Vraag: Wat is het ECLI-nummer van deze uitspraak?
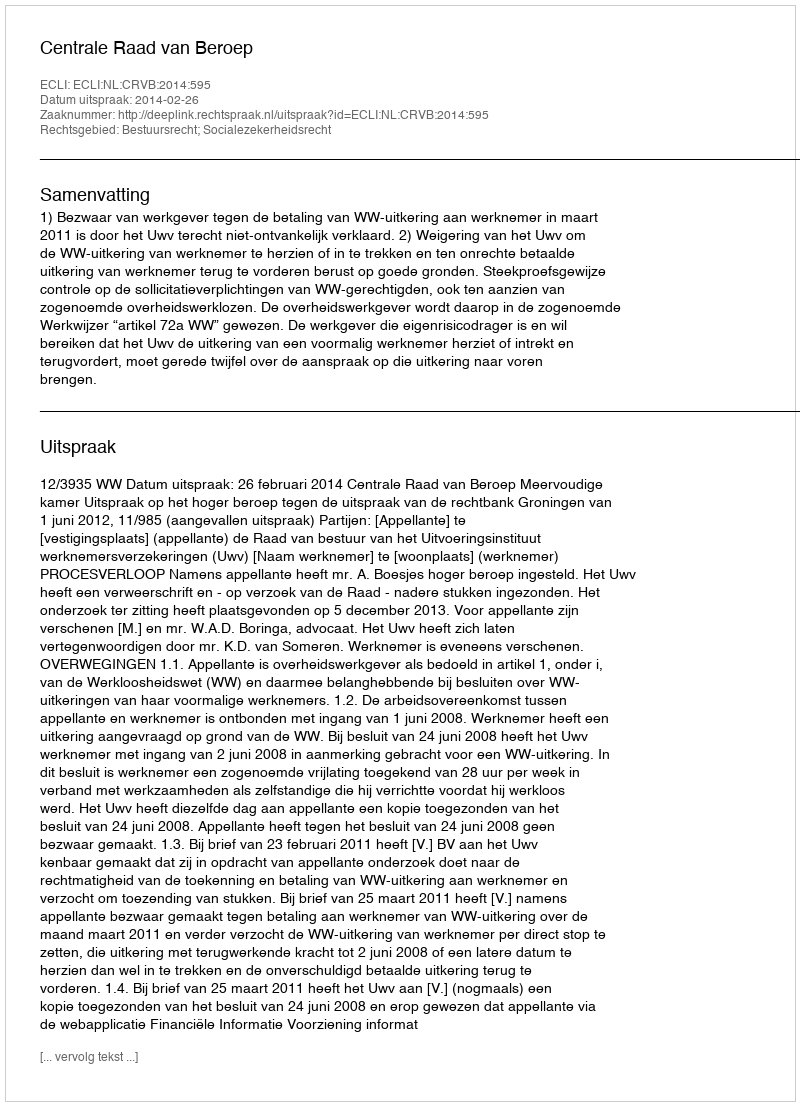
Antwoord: ECLI:NL:CRVB:2014:595